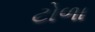
ટોળા